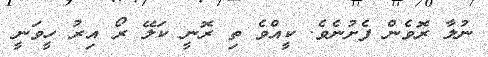
ނުލާ ރޮވެން ފެށުނެވެ. ކީއްވެ ތި ރޮނީ ކަލޭ ރޯ އިރު ހީވަނީ